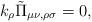
LaTeX: \begin{align*}k_\rho \tilde\Pi_{\mu \nu,\rho \sigma}=0,\end{align*}